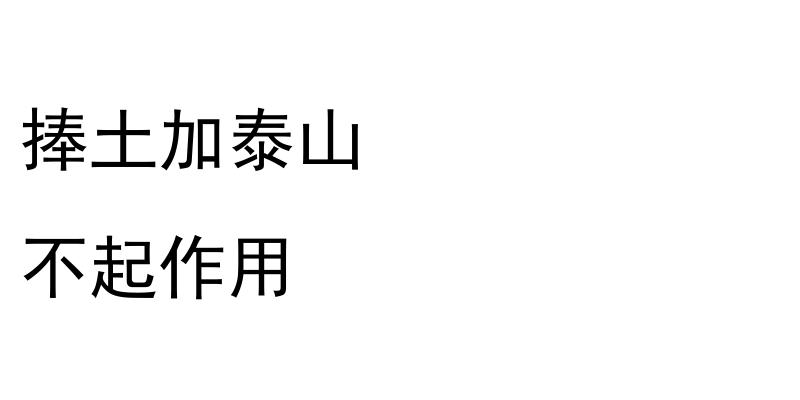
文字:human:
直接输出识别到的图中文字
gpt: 捧土加泰山 不起作用